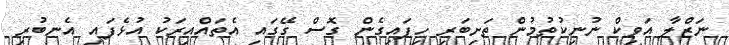
ނަޒްލާ އަވިކް ނުނިކުތުމުން ތަށިބަރި ހިފައިގެން ގޮސް ގޭގައި އެތައްއިރަކު އުޅެފައި އެނބުރި